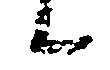
候